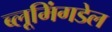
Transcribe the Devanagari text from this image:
ब्लूमिंगडेल